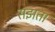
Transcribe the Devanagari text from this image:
सझता